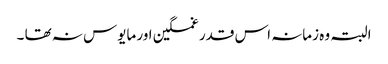
البتہ وہ زمانہ اس قدر غمگین اور مایوس نہ تھا ۔